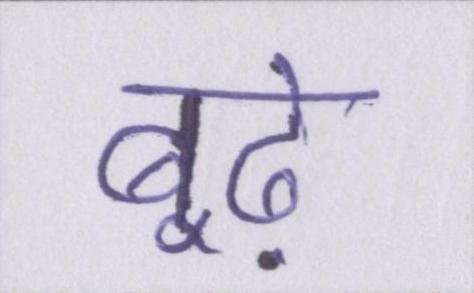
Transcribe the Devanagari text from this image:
बूढ़े